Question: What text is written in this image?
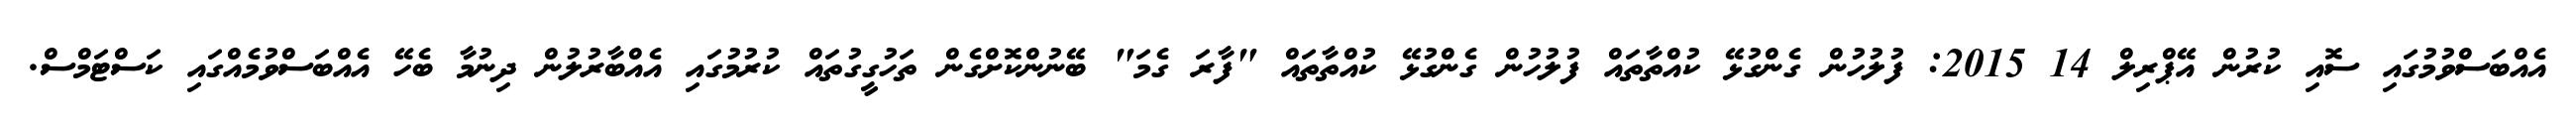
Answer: އެއްބަސްވުމުގައި ސޮއި ކުރުން އޭޕްރިލް 14 2015: ފުލުހުން ގެންގުޅޭ ކުއްތާތައް ފުލުހުން ގެންގުޅޭ ކުއްތާތައް "ފާރަ ގެމަ" ބޭނުންކޮށްގެން ތަހުގީގުތައް ކުރުމުގައި އެއްބާރުލުން ދިނުމާ ބެހޭ އެއްބަސްވުމެއްގައި ކަސްޓަމްސް.